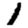
Digit: 1